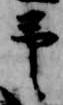
予